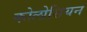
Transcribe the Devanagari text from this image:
कोलोसियन